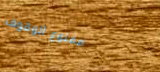
ممنوع الوقوف